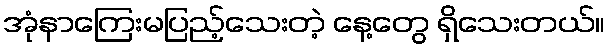
အုံနာကြေးမပြည့်သေးတဲ့ နေ့တွေ ရှိသေးတယ်။